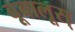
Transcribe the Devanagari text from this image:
बूबालूस्